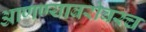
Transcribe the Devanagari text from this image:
आणण्याबरोबरच